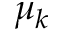
\mu _ { k }